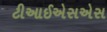
ટીઆઈએસએસ